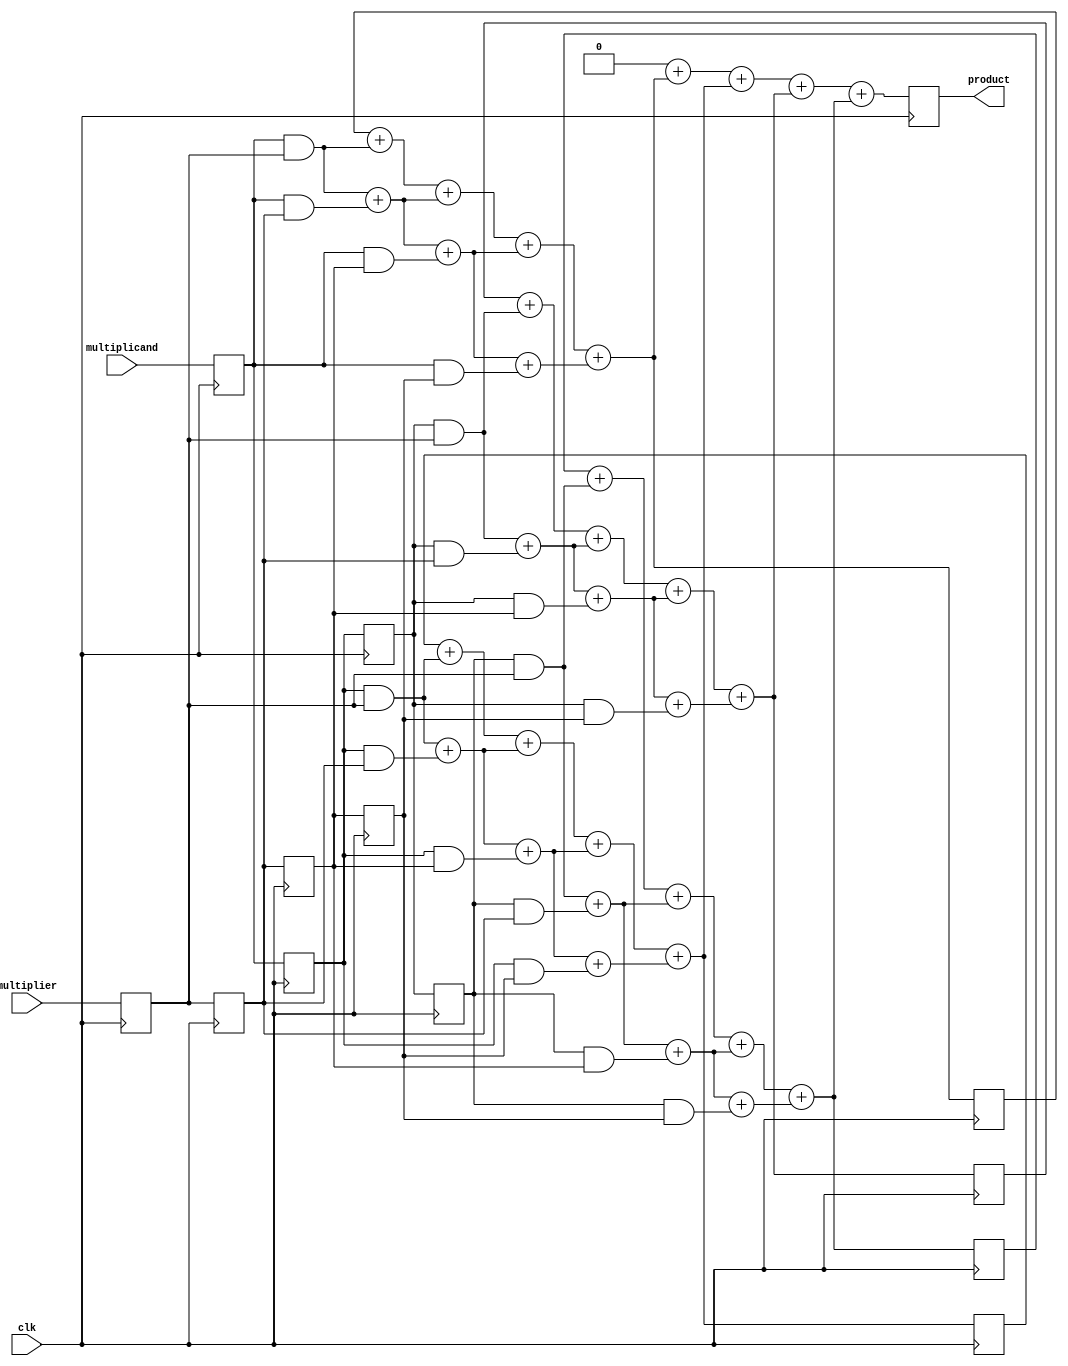
module systolic_multiplier #(parameter N = 4) (
    input clk,
    input [N-1:0] multiplicand,
    input [N-1:0] multiplier,
    output reg [2*N-1:0] product
);

    // Internal processing elements (PEs)
    reg [N-1:0] PE [0:N-1][0:N-1]; // Processing elements
    reg [2*N-1:0] partial_sum [0:N-1]; // For accumulation of partial products
    reg [N-1:0] multiplicand_reg [0:N-1]; // Shift registers for multiplicand
    reg [N-1:0] multiplier_reg [0:N-1]; // Shift registers for multiplier

    integer i, j;

    // Initializing product and registers
    initial begin
        product = 0;
        for (i = 0; i < N; i = i + 1) begin
            partial_sum[i] = 0;
            multiplicand_reg[i] = 0;
            multiplier_reg[i] = 0;
        end
    end

    // Main Process
    always @(posedge clk) begin
        // Shift the multiplicand and multiplier into the registers
        for (i = 0; i < N; i = i + 1) begin
            if (i == 0) begin
                multiplicand_reg[i] <= multiplicand; // Load first row with multiplicand
                multiplier_reg[i] <= multiplier; // Load first column with multiplier
            end else begin
                multiplicand_reg[i] <= multiplicand_reg[i-1]; // Shift down
                multiplier_reg[i] <= multiplier_reg[i-1]; // Shift down
            end
        end

        // Compute partial products in each PE
        for (i = 0; i < N; i = i + 1) begin
            for (j = 0; j < N; j = j + 1) begin
                if (j == 0) begin
                    PE[i][j] = multiplicand_reg[i] & multiplier_reg[j]; // Partial product
                end else begin
                    PE[i][j] = PE[i][j-1] + (multiplicand_reg[i] & multiplier_reg[j]); // Accumulate
                end

                // Update the partial sum
                partial_sum[i] = partial_sum[i] + PE[i][j]; // Accumulate the results vertically
            end
        end

        // Final accumulation step to compute the final product
        product = 0; // Reset product for accumulation
        for (i = 0; i < N; i = i + 1) begin
            product = product + partial_sum[i]; // Sum up all partial sums
        end
    end

endmodule